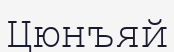
Цюнъяй